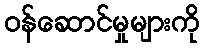
ဝန်ဆောင်မှုများကို